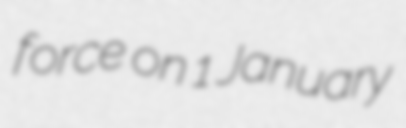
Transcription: force on 1 January